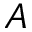
A